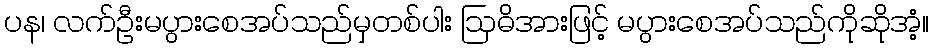
ပန၊ လက်ဦးမပွားစေအပ်သည်မှတစ်ပါး ဩဓိအားဖြင့် မပွားစေအပ်သည်ကိုဆိုအံ့။